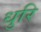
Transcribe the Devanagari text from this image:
धुरि